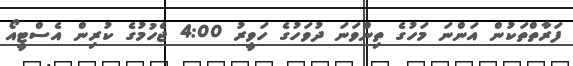
ފަރާތްތަކުން އަންނަ މަހުގެ ތިންވަނަ ދުވަހުގެ ހަވީރު 4:00 ޖެހުމުގެ ކުރިން އެސްޓީއޯ